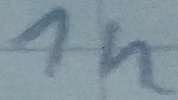
Text: 1n